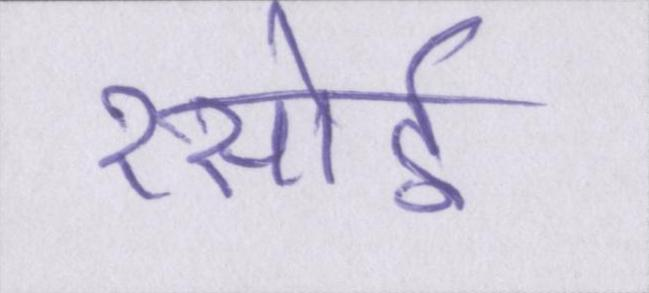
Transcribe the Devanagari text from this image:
रसोई